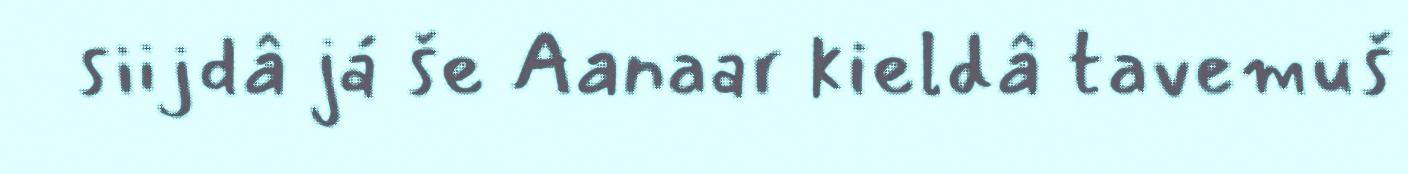
siijdâ já še Aanaar kieldâ tavemuš